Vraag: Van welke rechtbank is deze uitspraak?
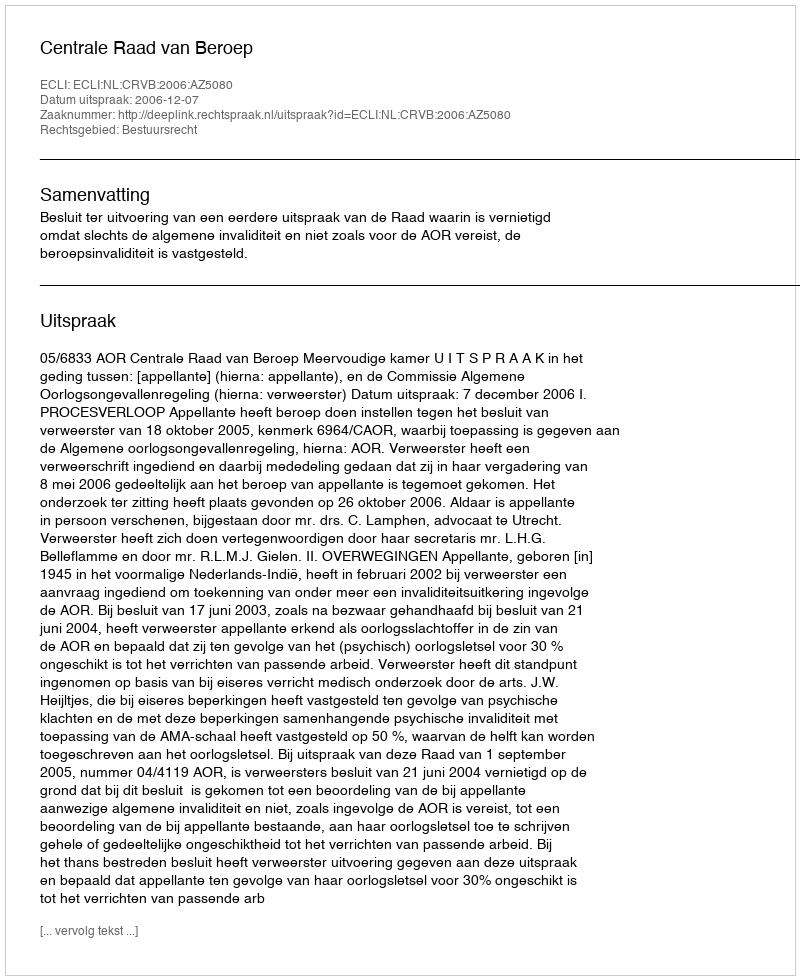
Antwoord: Centrale Raad van Beroep